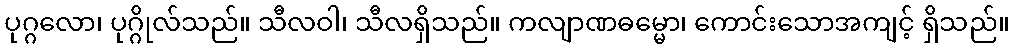
ပုဂ္ဂလော၊ ပုဂ္ဂိုလ်သည်။ သီလဝါ၊ သီလရှိသည်။ ကလျာဏဓမ္မော၊ ကောင်းသောအကျင့် ရှိသည်။